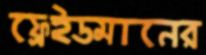
ফ্রেইডমানের